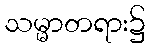
သမ္မာတရား၌